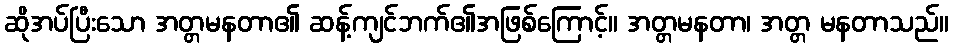
ဆိုအပ်ပြီးသော အတ္တမနတာ၏ ဆန့်ကျင်ဘက်၏အဖြစ်ကြောင့်။ အတ္တမနတာ၊ အတ္တ မနတာသည်။